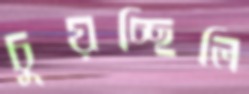
চুয়চ্ছিলি